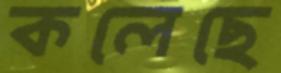
কলেছে